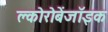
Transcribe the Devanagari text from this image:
क्लोरोबेंजॉइक